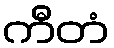
ကီတံ